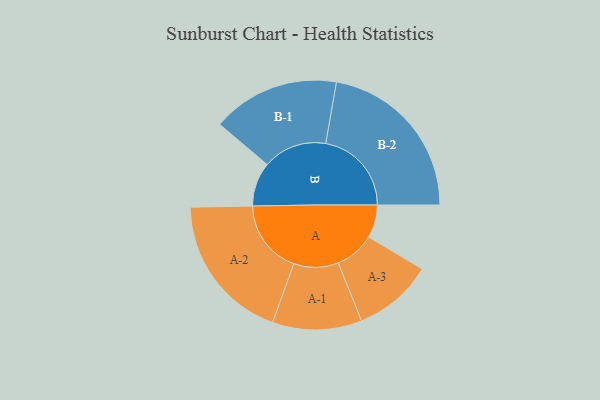
{"axis": {"x": "Segment", "y": "Value"}, "legend": ["", "A", "B"], "data": [{"x": "A", "y": 110, "type": ""}, {"x": "B", "y": 147, "type": ""}, {"x": "A-1", "y": 149, "type": "A"}, {"x": "A-2", "y": 247, "type": "A"}, {"x": "A-3", "y": 133, "type": "A"}, {"x": "B-1", "y": 213, "type": "B"}, {"x": "B-2", "y": 286, "type": "B"}]}